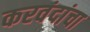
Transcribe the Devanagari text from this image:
करवंदांचा